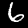
Digit: 6